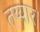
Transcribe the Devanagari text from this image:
तय्यार।